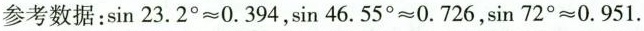
参考数据：$$\sin 2 3 . 2 ° ≈ 0 . 3 9 4$$，$$\sin 4 6 . 5 5 ° ≈ 0 . 7 2 6$$，$$\sin 7 2 ° ≈ 0 . 9 5 1$$。